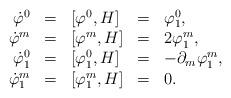
LaTeX: \begin{align*}\begin{array}{rclcl}\dot{\varphi}^{0} & = & [ \varphi^{0}, H ] & = & \varphi^{0}_{1} , \\\dot{\varphi}^{m} & = & [ \varphi^{m}, H ] & = & 2\varphi^{m}_{1} , \\\dot{\varphi}^{0}_{1} & = & [ \varphi^{0}_{1}, H ] & = &- \partial_{m}\varphi^{m}_{1} , \\\dot{\varphi}^{m}_{1} & = & [ \varphi^{m}_{1}, H ] & = & 0 .\end{array}\end{align*}